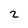
Character: 2